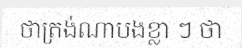
ថាត្រង់ណាបងខ្លា ៗ ថា